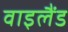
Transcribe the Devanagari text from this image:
वाइलैंड